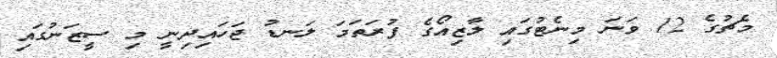
މެޗުގެ 12 ވަނަ މިނެޓުގައި ލާޒިއޯގެ ފުރަތަމަ ލަނޑު ޖަހައިދިނީ މި ސީޒަނުގައި